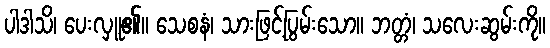
ပါဒါသိ၊ ပေးလှူ၏။ သေစနံ၊ သားဖြင့်ပြွမ်းသော။ ဘတ္တံ၊ သလေးဆွမ်းကို။